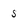
Character: 5